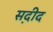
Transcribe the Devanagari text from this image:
स़दीद